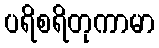
ပရိစရိတုကာမာ